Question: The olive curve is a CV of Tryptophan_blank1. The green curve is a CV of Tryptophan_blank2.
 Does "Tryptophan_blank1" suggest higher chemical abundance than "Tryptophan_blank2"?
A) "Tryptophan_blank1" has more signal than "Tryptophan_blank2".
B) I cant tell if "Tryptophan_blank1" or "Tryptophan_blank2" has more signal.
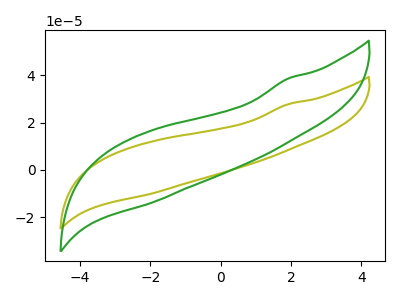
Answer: <think>The olive curve "Tryptophan_blank1" has no peaks. The green curve "Tryptophan_blank2" has no peaks.
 Neither "Tryptophan_blank1" or "Tryptophan_blank2" have any peaks.</think>
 <answer>B) I cant tell if "Tryptophan_blank1" or "Tryptophan_blank2" has more signal.</answer>
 <eval>B</eval>